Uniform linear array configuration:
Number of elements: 4
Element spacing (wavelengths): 0.25
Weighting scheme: cosine
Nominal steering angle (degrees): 0
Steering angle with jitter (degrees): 0.2989
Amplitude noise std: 0.05
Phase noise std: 0.05

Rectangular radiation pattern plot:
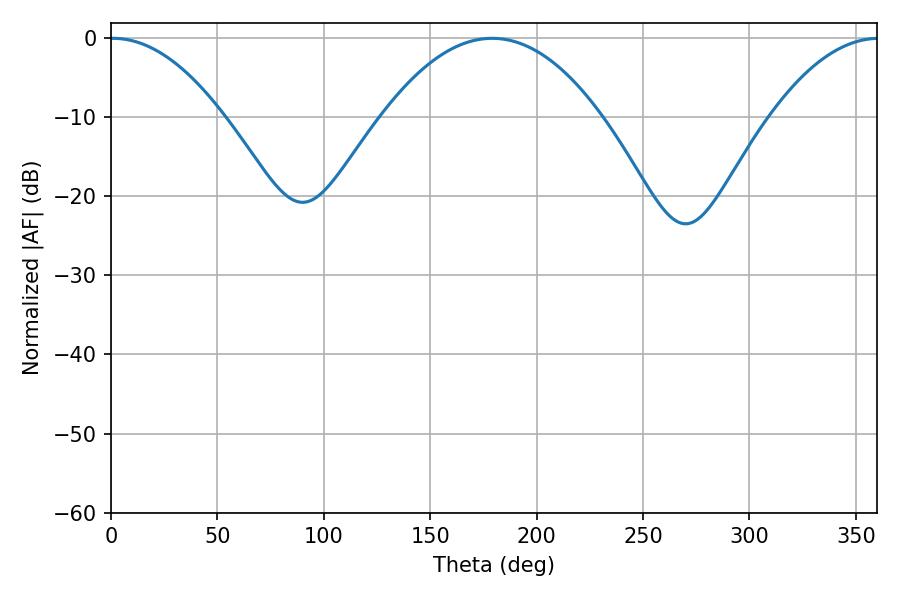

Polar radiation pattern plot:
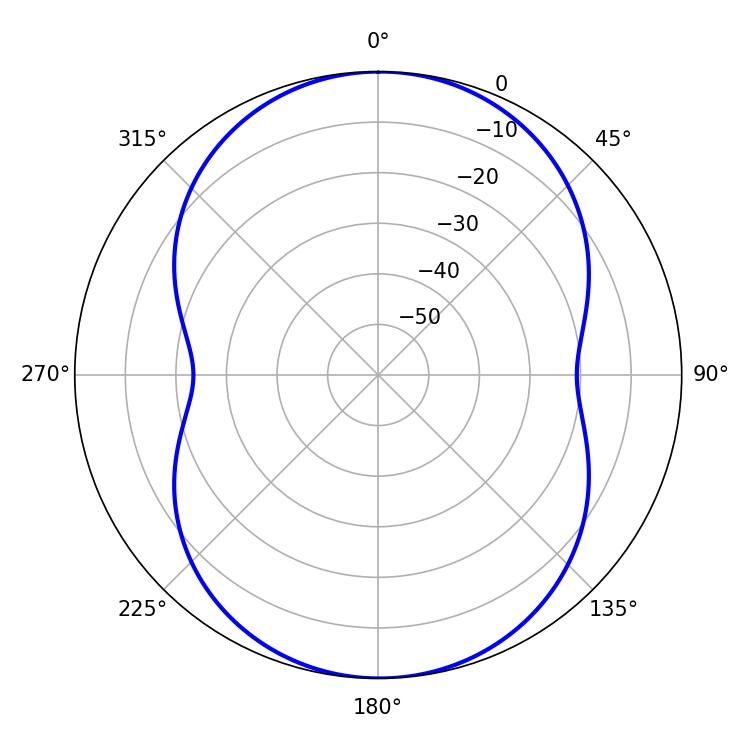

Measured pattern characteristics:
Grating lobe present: FALSE
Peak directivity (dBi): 16.834
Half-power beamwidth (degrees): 29.52
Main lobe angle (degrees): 0.9